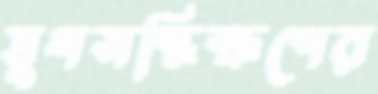
যুগসন্ধিক্ষণের